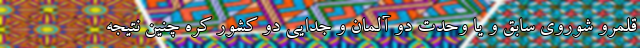
قلمرو شوروی سابق و یا وحدت دو آلمان و جدایی دو کشور کره چنین نتیجه